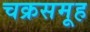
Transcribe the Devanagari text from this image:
चक्रसमूह